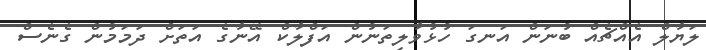
ލަޔާލް އެއްޗެއް ބުނަން އަނގަ ހުޅުވާލިތަނުން އަފްލާކް އޭނާގެ އަތަށް ދަމަމުން ގެނެސް